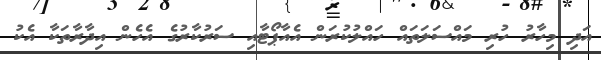
އަދި މިހާރު ހުރި މައްސަލަތައް ހައްލުކުރަން އެއާޕޯޓާއި ސަރުކާރުގެ އެހެން އިދާރާތަކާ އެކު